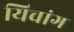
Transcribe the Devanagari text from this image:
यिचांग